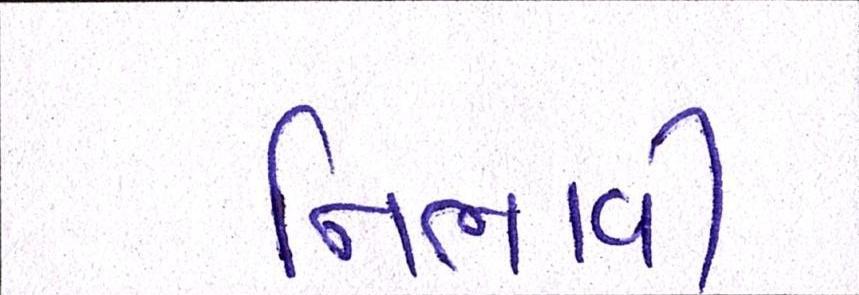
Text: નિભાવી